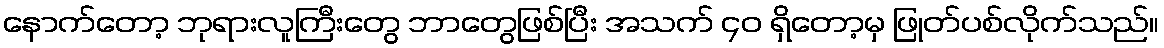
နောက်တော့ ဘုရားလူကြီးတွေ ဘာတွေဖြစ်ပြီး အသက် ၄၀ ရှိတော့မှ ဖြုတ်ပစ်လိုက်သည်။